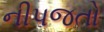
નીપજતો